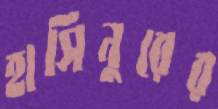
হাসিনুরের